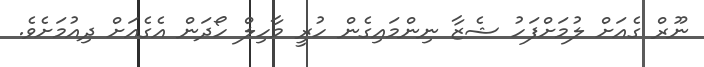
ނޫރް ގެއަށް ލުމަށްފަހު ޝެޒާ ނިންމައިގެން ހުރީ މާހިލް ހޯދަން އެގެއަށް ދިއުމަށެވެ.